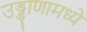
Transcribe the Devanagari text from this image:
उड्डाणामध्ये